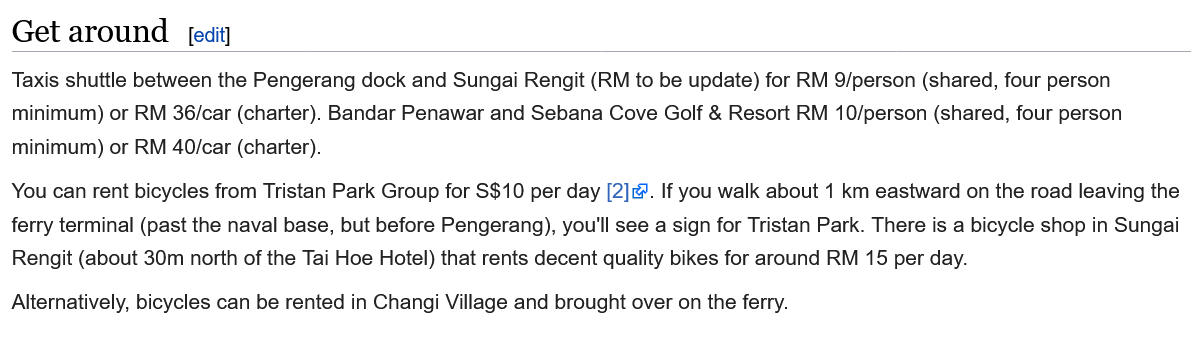
Get  around
  Taxis shuttle between the Pengerang dock and Sungai Rengit (RM to be update) for RM 9/person (shared, four person
  minimum) or RM 36/car (charter). Bandar Penawar and Sebana Cove Golf & Resort RM 10/person (shared, four person
  minimum) or RM 40/car (charter).
  You can rent bicycles from Tristan Park Group for S$10 per day [2]. If you walk about 1 km eastward on the road leaving the
  ferry terminal (past the naval base, but before Pengerang), you'll see a sign for Tristan Park. There is a bicycle shop in Sungai
  Rengit (about 30m north of the Tai Hoe Hotel) that rents decent quality bikes for around RM 15 per day.
  Alternatively, bicycles can be rented in Changi Village and brought over on the ferry.
     [edit]